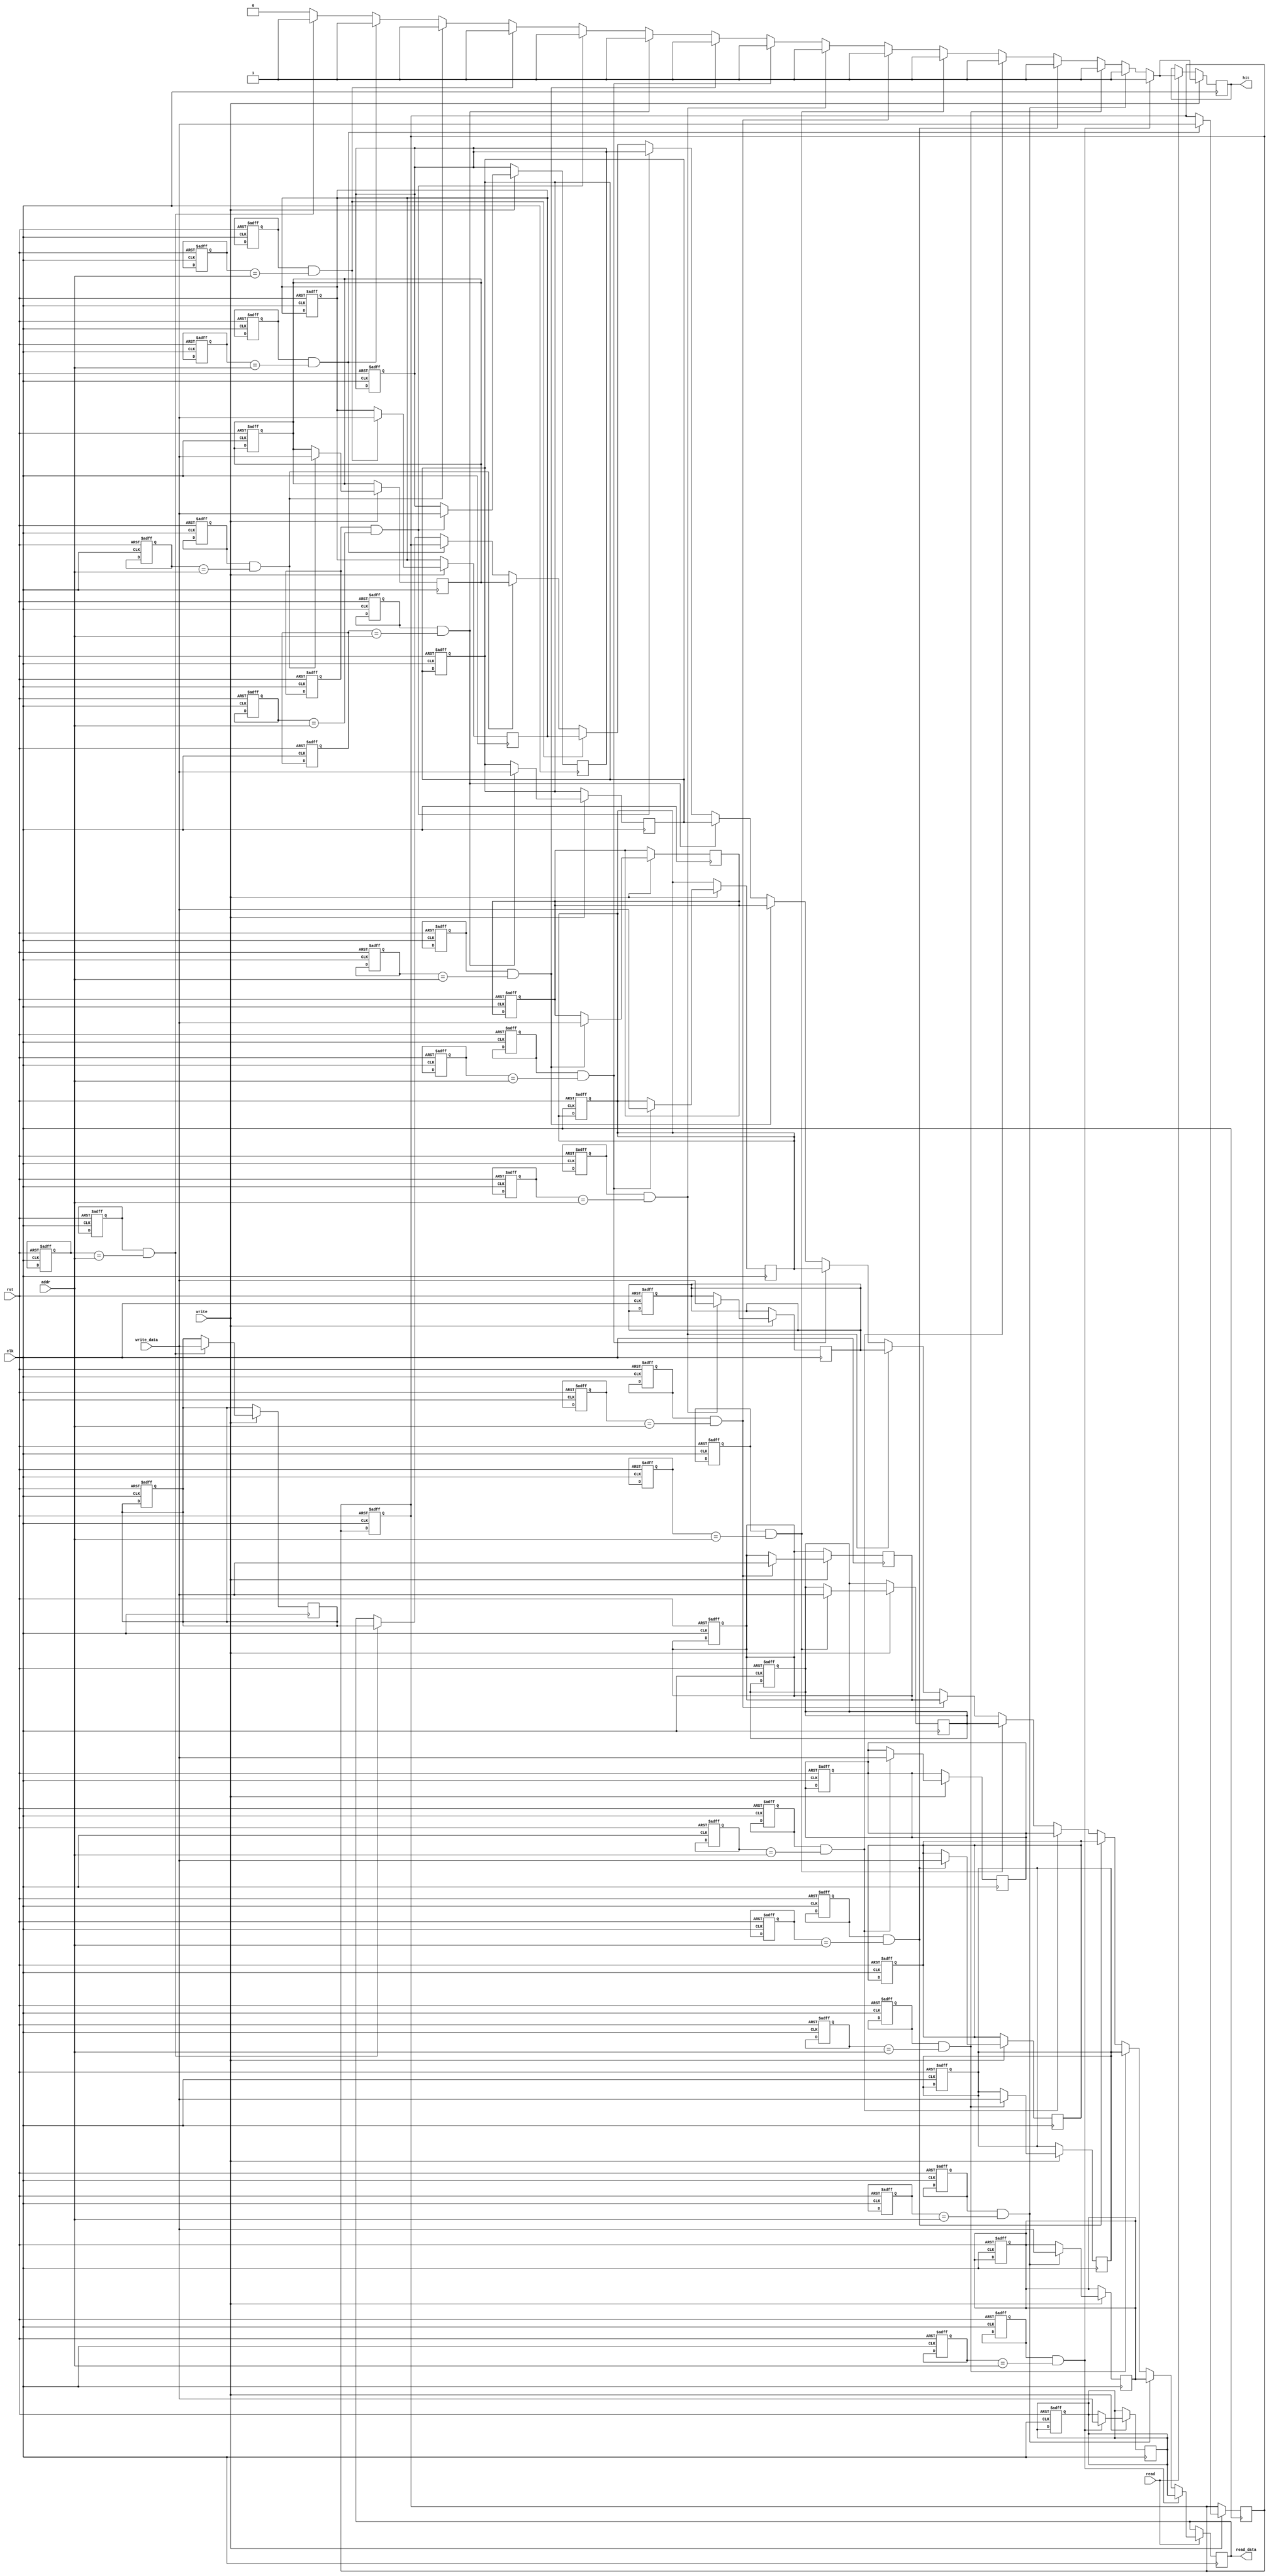
module fully_associative_cache #(
    parameter DATA_WIDTH = 32,   // Width of the data
    parameter ADDR_WIDTH = 32,   // Width of the address
    parameter CACHE_LINES = 16    // Number of cache lines
) (
    input wire clk,
    input wire rst,
    input wire [ADDR_WIDTH-1:0] addr,   // Memory address
    input wire [DATA_WIDTH-1:0] write_data, // Data to write
    input wire read,                    // Read request
    input wire write,                   // Write request
    output reg [DATA_WIDTH-1:0] read_data, // Data read from cache
    output reg hit                      // Hit signal
);

    // Cache line structure
    reg [DATA_WIDTH-1:0] cache_data [0:CACHE_LINES-1]; // Data array
    reg [ADDR_WIDTH-1:0] cache_tag [0:CACHE_LINES-1];  // Tag array
    reg valid [0:CACHE_LINES-1];                        // Valid bits
    reg [CACHE_LINES-1:0] lru_counter;                  // LRU counters

    integer i;

    // Initialize cache
    always @(posedge clk or posedge rst) begin
        if (rst) begin
            for (i = 0; i < CACHE_LINES; i = i + 1) begin
                valid[i] <= 0;
                cache_tag[i] <= 0;
                cache_data[i] <= 0;
                lru_counter[i] <= 0;
            end
        end
    end

    // Cache access logic
    always @(posedge clk) begin
        if (read) begin
            hit = 0; // Reset hit flag
            for (i = 0; i < CACHE_LINES; i = i + 1) begin
                if (valid[i] && (cache_tag[i] == addr[ADDR_WIDTH-1:0])) begin
                    read_data <= cache_data[i]; // Cache hit
                    hit <= 1;
                    lru_counter[i] <= 1; // Update LRU
                end else begin
                    lru_counter[i] <= lru_counter[i] + 1; // Increment LRU counter
                end
            end
            // If miss, fetch from memory (not implemented here)
            if (!hit) begin
                // Fetch from main memory logic (not shown)
            end
        end

        // Write operation
        if (write) begin
            // Check for cache hit to update the data
            hit = 0;
            for (i = 0; i < CACHE_LINES; i = i + 1) begin
                if (valid[i] && (cache_tag[i] == addr[ADDR_WIDTH-1:0])) begin
                    cache_data[i] <= write_data; // Update cache data
                    hit <= 1;
                    lru_counter[i] <= 1; // Update LRU
                end else begin
                    lru_counter[i] <= lru_counter[i] + 1; // Increment LRU counter
                end
            end
            // If miss, replace an entry using LRU (not implemented here)
            if (!hit) begin
                // LRU replacement logic (not shown)
            end
        end
    end

endmodule